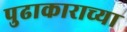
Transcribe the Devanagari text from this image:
पुढाकाराच्या